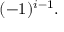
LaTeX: ( - 1 ) ^ { i - 1 } .